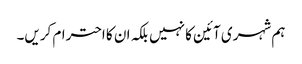
ہم شہری آئین کا نہیں بلکہ ان کا احترام کریں۔